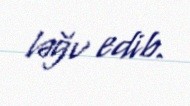
ləğv edib.